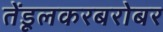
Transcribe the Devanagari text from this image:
तेंडूलकरबरोबर